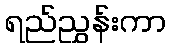
ရည်ညွှန်းကာ